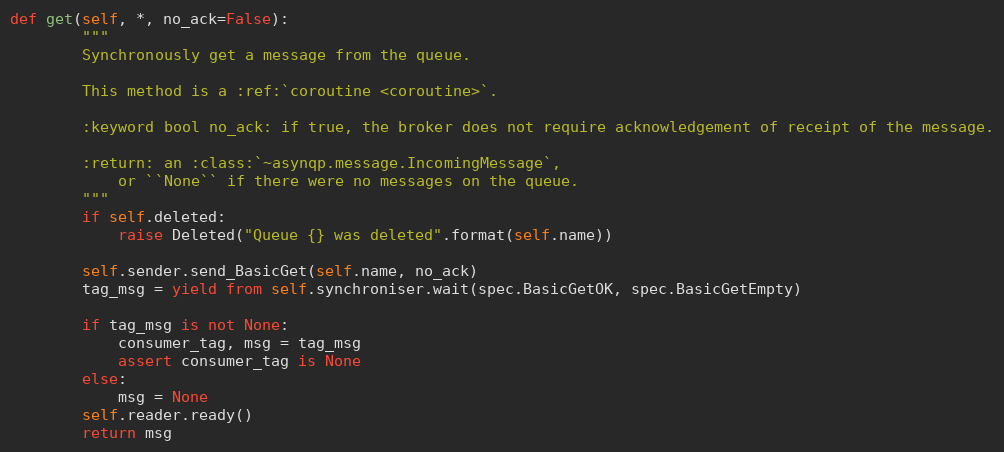
Language: Python
def get(self, *, no_ack=False):
        """
        Synchronously get a message from the queue.

        This method is a :ref:`coroutine <coroutine>`.

        :keyword bool no_ack: if true, the broker does not require acknowledgement of receipt of the message.

        :return: an :class:`~asynqp.message.IncomingMessage`,
            or ``None`` if there were no messages on the queue.
        """
        if self.deleted:
            raise Deleted("Queue {} was deleted".format(self.name))

        self.sender.send_BasicGet(self.name, no_ack)
        tag_msg = yield from self.synchroniser.wait(spec.BasicGetOK, spec.BasicGetEmpty)

        if tag_msg is not None:
            consumer_tag, msg = tag_msg
            assert consumer_tag is None
        else:
            msg = None
        self.reader.ready()
        return msg